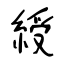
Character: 綬